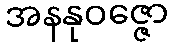
အနနုဝဇ္ဇော